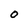
Character: O